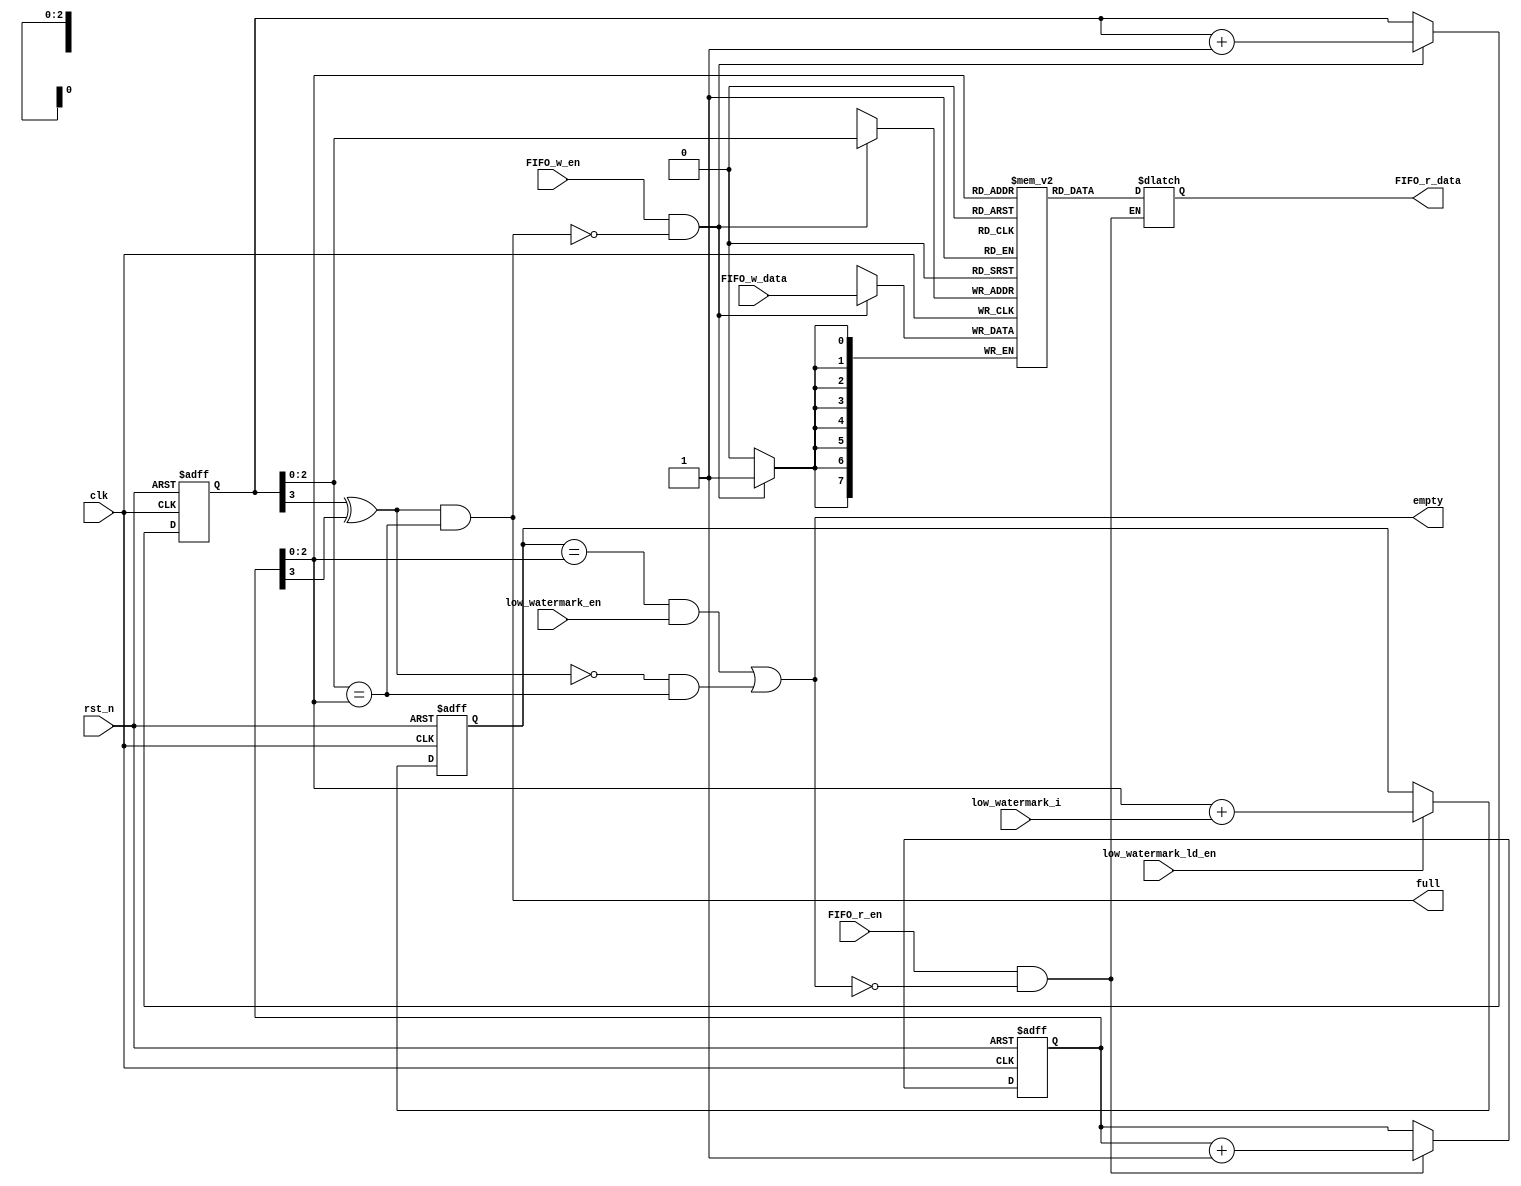
`timescale 1ns / 1ps
module Sync_FIFO
#(parameter DEPTH=8,
  parameter WIDTH=8
  )
(
	 input rst_n
	,input clk
	,input [WIDTH-1:0] FIFO_w_data
	,input low_watermark_en
	,input low_watermark_ld_en
	,input [log2(DEPTH)-1:0] low_watermark_i
	,input FIFO_r_en
	,input FIFO_w_en
	,output reg [WIDTH-1:0] FIFO_r_data
	,output reg full
	,output reg empty
);

function integer log2;
  input integer value;
  begin
    value = value-1;
    for (log2=0; value>0; log2=log2+1)
      value = value>>1;
  end
endfunction

reg [WIDTH-1:0] ram[DEPTH-1:0];
reg[log2(DEPTH):0] FIFO_r_addr;
reg[log2(DEPTH):0] FIFO_w_addr;
reg [log2(DEPTH)-1:0] low_watermark;
integer i;
always @(posedge clk)
begin
	if(FIFO_w_en&!full)
	begin
		ram[FIFO_w_addr[log2(DEPTH)-1:0]]<=FIFO_w_data;
	end
end 
always @ (*)
begin
	FIFO_r_data=(FIFO_r_en&!empty)?ram[FIFO_r_addr[log2(DEPTH)-1:0]]:FIFO_r_data;
end // always

always @ (posedge clk or negedge rst_n)
begin
	if(!rst_n)
	begin
		low_watermark<=0;
	end
	else 
	begin
		low_watermark<=(low_watermark_ld_en)?FIFO_r_addr+low_watermark_i:low_watermark;
	end
end // always
reg rest_address_equal;
reg guard_bit_equal;
always @ (*)
begin
	rest_address_equal=(FIFO_w_addr[log2(DEPTH)-1:0]==FIFO_r_addr[log2(DEPTH)-1:0]);
	guard_bit_equal=FIFO_w_addr[log2(DEPTH)]^FIFO_r_addr[log2(DEPTH)];
	full=(guard_bit_equal)&(rest_address_equal);
	empty=((low_watermark==FIFO_r_addr[log2(DEPTH)-1:0])&low_watermark_en)|((~guard_bit_equal)&rest_address_equal);
end // always

always @ (posedge clk or negedge rst_n)
begin
	if(~rst_n)
	begin
		FIFO_w_addr<=0;
	end
	else
	begin
		FIFO_w_addr<=(FIFO_w_en&(!full))?FIFO_w_addr+1:FIFO_w_addr;
	end
end
always @ (posedge clk or negedge rst_n)
begin
	if(~rst_n)
	begin
		FIFO_r_addr<=0;
	end
	else
	begin
		FIFO_r_addr<=(FIFO_r_en&(!empty))?FIFO_r_addr+1:FIFO_r_addr;
	end
end
endmodule